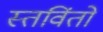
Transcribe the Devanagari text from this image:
स्तविंतो